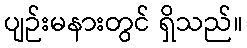
ပျဉ်းမနားတွင် ရှိသည်။